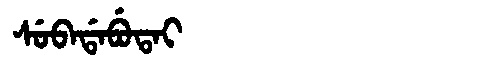
Manchu: ᠰᡠᠪᠠᡩᠠᠪᡠᡨᠠᡳ
Romanization: SUBADABUTAI